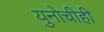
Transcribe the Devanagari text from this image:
युनोचीही